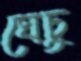
ঘেচু